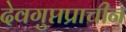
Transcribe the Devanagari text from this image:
देवगुप्तप्राचीन